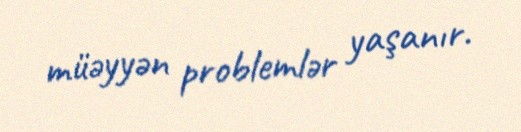
müəyyən problemlər yaşanır.